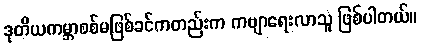
ဒုတိယကမ္ဘာစစ်မဖြစ်ခင်ကတည်းက ကဗျာရေးလာသူ ဖြစ်ပါတယ်။